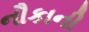
નૌકાની